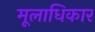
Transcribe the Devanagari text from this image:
मूलाधिकार